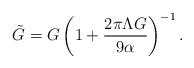
LaTeX: \begin{align*}\tilde{G}=G\left( 1+\frac{2\pi \Lambda G}{9\alpha }\right) ^{-1}.\end{align*}